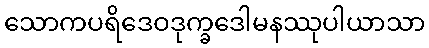
သောကပရိဒေဝဒုက္ခဒေါမနဿုပါယာသာ